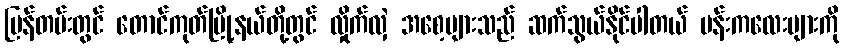
ပြန်တမ်းတွင် တောင်ကုတ်မြို့နယ်တို့တွင် လှိုက်လှဲ အစေ့များသည် ဆက်သွယ်နိုင်ပါတယ် ပန်းကလေးများကို